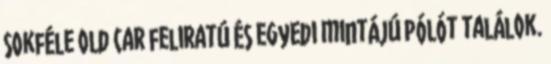
sokféle old car feliratú és egyedi mintájú pólót találok.